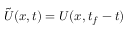
\tilde { U } ( { \boldsymbol { x } } , t ) = U ( { \boldsymbol { x } } , t _ { f } - t )